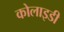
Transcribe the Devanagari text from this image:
कोलाइडी